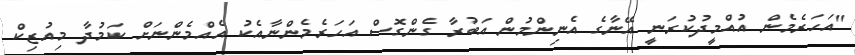
"އަހަރެމެން އުއްމީދުކުރަނީ އޭނާގެ އެނިންމުން އަބުރާ ގެންގޮސް އަހަރެމެންނާއެކު އެއްމެންނަށް ކަމުދާ މިއުޒިކް